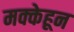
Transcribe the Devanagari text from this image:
मक्केहून